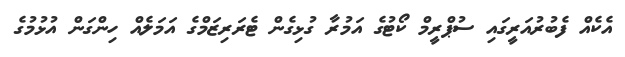
އެކެއް ފެބުރުއަރީގައި ސުޕްރީމް ކޯޓުގެ އަމުރާ ގުޅިގެން ޓެރަރިޒަމްގެ އަމަލެއް ހިންގަން އުޅުމުގެ